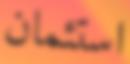
استئمان